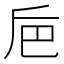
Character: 巵